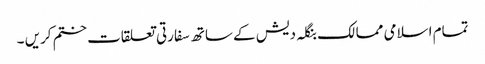
تمام اسلامی ممالک بنگلہ دیش کے ساتھ سفارتی تعلقات ختم کریں ۔